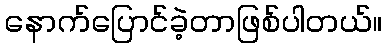
နောက်ပြောင်ခဲ့တာဖြစ်ပါတယ်။